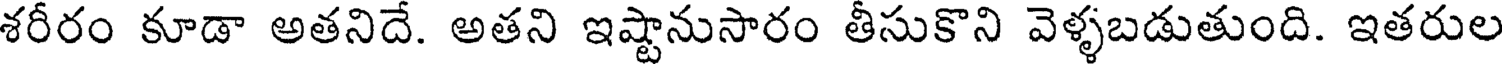
శరీరం కూడా అతనిదే. అతని ఇష్టానుసారం తీసుకొని వెళ్ళబడుతుంది. ఇతరుల